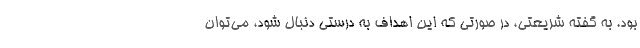
بود. به گفته شریعتی، در صورتی که این اهداف به درستی دنبال شود، می‌توان